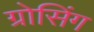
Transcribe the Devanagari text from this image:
ग्रोसिंग